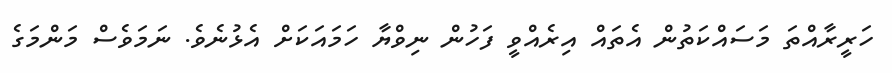
ހަރީރާއްތަ މަސައްކަތުން އެތައް އިރެއްވީ ފަހުން ނިވްޔާ ހަމައަކަށް އެޅުނެވެ. ނަމަވެސް މަންމަގެ